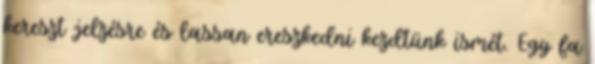
kereszt jelzésre és lassan ereszkedni kezdtünk ismét. Egy fa